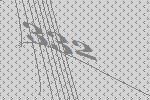
332